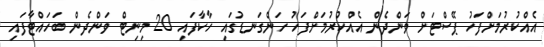
އެއްކުރުމަށްފަހު ޕޭސްޓަށް ވަންދެން އެއްކުރުމަށްފަހު ހަންގަނޑުގައި ހާކާފައި 20 މިނިޓް ވަންދެން ބަހައްޓާފައި